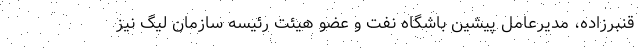
قنبرزاده، مدیرعامل پیشین باشگاه نفت و عضو هیئت رئیسه سازمان لیگ نیز